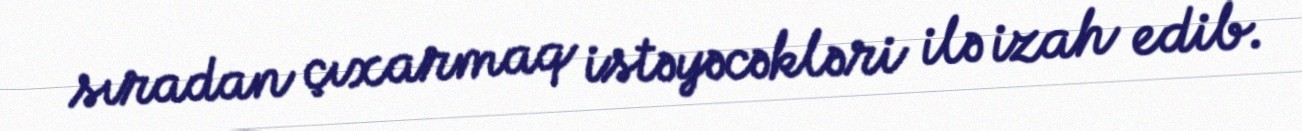
sıradan çıxarmaq istəyəcəkləri ilə izah edib.